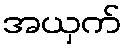
အယှက်